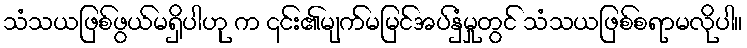
သံသယဖြစ်ဖွယ်မရှိပါဟု က ၎င်း၏မျက်မမြင်အပ်နှံမှုတွင် သံသယဖြစ်စရာမလိုပါ။